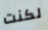
لكنت